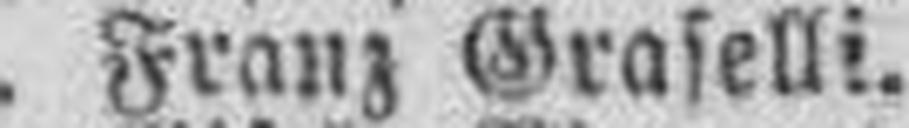
Franz Graselli.